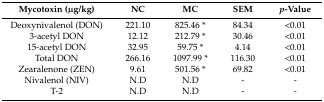
<table><thead><tr><td><b>Mycotoxin (μg/kg)</b></td><td><b>NC</b></td><td><b>MC</b></td><td><b>SEM</b></td><td><b><i>p</i>-Value</b></td></tr></thead><tbody><tr><td>Deoxynivalenol (DON)</td><td>221.10</td><td>825.46 *</td><td>84.34</td><td>&lt;0.01</td></tr><tr><td>3-acetyl DON</td><td>12.12</td><td>212.79 *</td><td>30.46</td><td>&lt;0.01</td></tr><tr><td>15-acetyl DON</td><td>32.95</td><td>59.75 *</td><td>4.14</td><td>&lt;0.01</td></tr><tr><td>Total DON</td><td>266.16</td><td>1097.99 *</td><td>116.30</td><td>&lt;0.01</td></tr><tr><td>Zearalenone (ZEN)</td><td>9.61</td><td>501.56 *</td><td>69.82</td><td>&lt;0.01</td></tr><tr><td>Nivalenol (NIV)</td><td>N.D</td><td>N.D</td><td>-</td><td>-</td></tr><tr><td>T-2</td><td>N.D</td><td>N.D</td><td>-</td><td>-</td></tr></tbody></table>